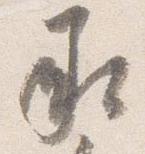
承